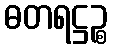
ဓတရဋ္ဌဉ္စ